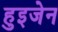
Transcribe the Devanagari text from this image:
हुइजेन